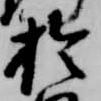
於